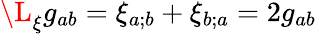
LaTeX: \L_{\xi}g_{ab}=\xi_{a;b}+\xi_{b;a}=2g_{ab}